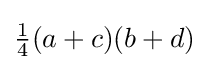
{\tfrac {1}{4}}(a+c)(b+d)